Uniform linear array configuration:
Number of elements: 4
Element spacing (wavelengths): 0.5
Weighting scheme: blackman
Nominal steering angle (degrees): -30
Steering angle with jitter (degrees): -31.845
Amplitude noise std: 0.05
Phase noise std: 0.05

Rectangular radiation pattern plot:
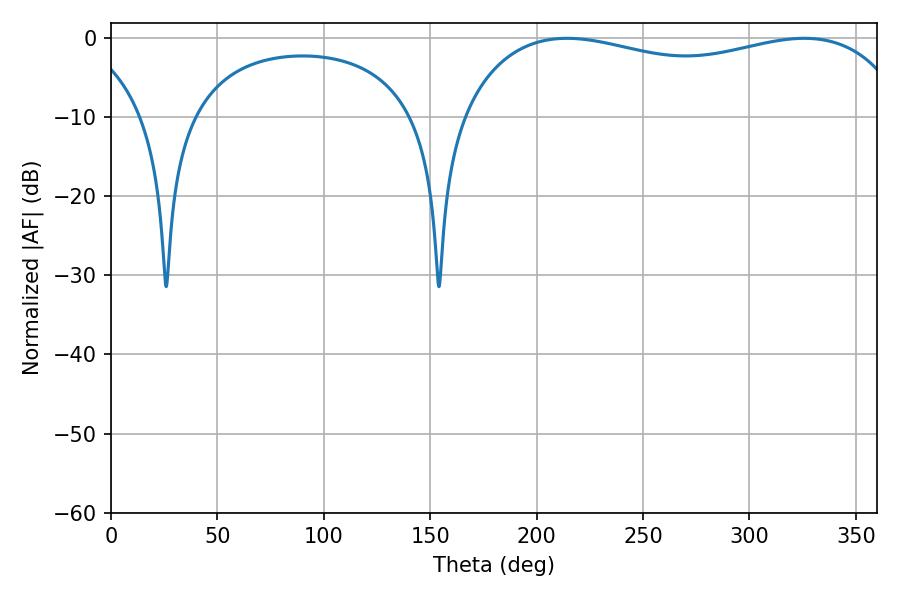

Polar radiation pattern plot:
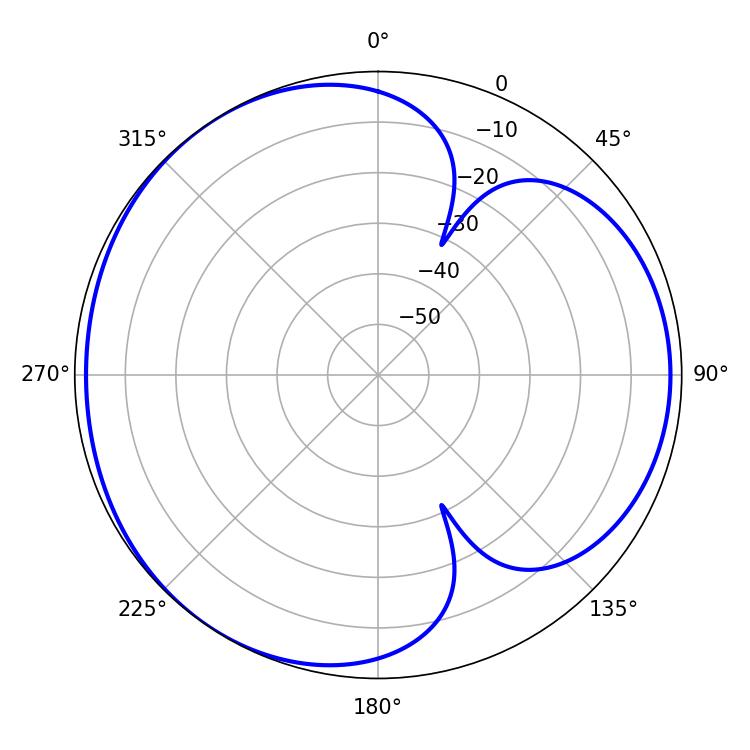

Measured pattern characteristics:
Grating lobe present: FALSE
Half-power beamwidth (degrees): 172.8
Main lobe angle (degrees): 214.2